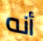
أنه